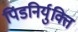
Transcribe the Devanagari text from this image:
पिंडनिर्युक्ति